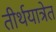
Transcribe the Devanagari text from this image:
तीर्थयात्रेत